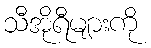
သီအိုရီများကို